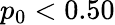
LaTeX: p_{0}<0.50